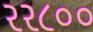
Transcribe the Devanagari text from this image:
२२८००